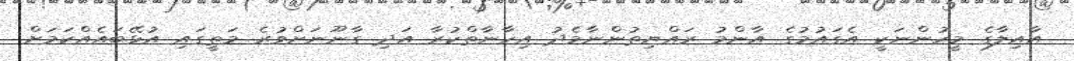
އާއިލާގެ މީހުންނަކީ އެގައުމުގެ އާންމު ރައްޔިތުންނާމެދު އިހާނާތްކުރާ އަދި ގާނޫނަށްވުރެ މަތީގައި އުޅޭބައެއްކަމަށް